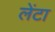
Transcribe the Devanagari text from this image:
लेंटा